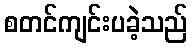
စတင်ကျင်းပခဲ့သည်